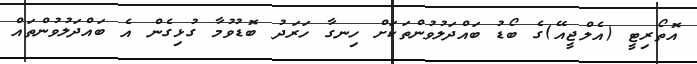
އޮތޯރިޓީ (އެލްޖީއޭ)ގެ ބޯޑު ބައްދަލުވުންތަކަށް ހިނގާ ހަރަދު ބޮޑުވުމާ ގުޅިގެން އެ ބައްދަލުވުންތައް